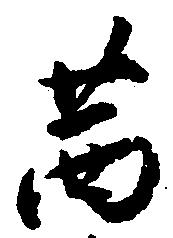
茜